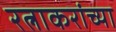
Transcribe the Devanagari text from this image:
रत्नाकरांच्या